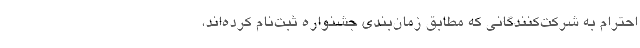
احترام به شرکت‌کنندگانی که مطابق زمان‌بندی جشنواره ثبت‌نام کرده‌اند،